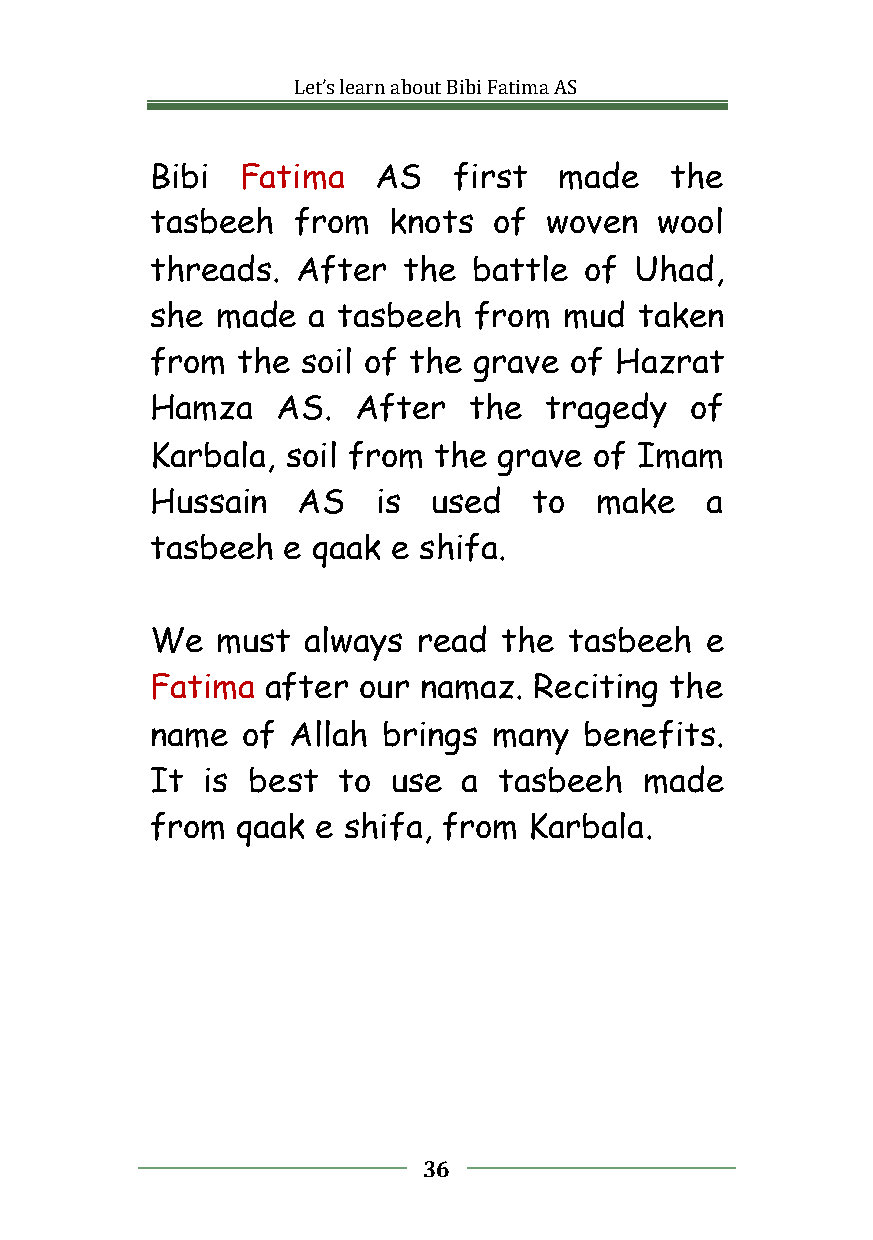
Let’slearnaboutBibiFatimaAS
 Bibi  Fatima   AS   first  made   the
 tasbeeh  from   knots  of woven   wool
 threads.  After  the battle  of Uhad,
 she made  a tasbeeh  from  mud  taken
 from  the soil of the grave of Hazrat
 Hamza   AS.  After   the  tragedy   of
 Karbala, soil from the grave of Imam
 Hussain   AS   is  used  to  make    a
 tasbeeh  e qaak e shifa.
 We  must  always  read the  tasbeeh  e
 Fatima  after our namaz. Reciting the
 name  of Allah brings  many  benefits.
 It is best  to  use  a tasbeeh   made
 from  qaak e shifa, from Karbala.
 36